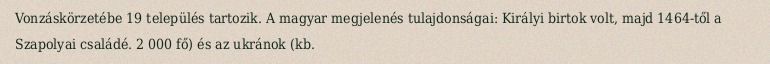
Vonzáskörzetébe 19 település tartozik. A magyar megjelenés tulajdonságai: Királyi birtok volt, majd 1464-től a Szapolyai családé. 2 000 fő) és az ukránok (kb.